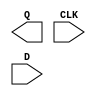
module sky130_fd_sc_hvl__dfxtp (
    Q  ,
    CLK,
    D
);

    output Q  ;
    input  CLK;
    input  D  ;

    // Voltage supply signals
    supply1 VPWR;
    supply0 VGND;
    supply1 VPB ;
    supply0 VNB ;

endmodule